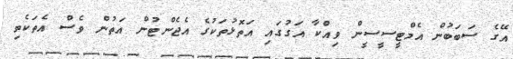
އޭގެ ސަބަބުން އެމްޓީސީސީން ވިއްކާ އަގުގައި އަތޮޅުތަކުގެ އެޖެންޓުން އަތުން ވެސް އެތަކެތި